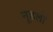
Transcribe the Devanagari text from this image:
नूडलों